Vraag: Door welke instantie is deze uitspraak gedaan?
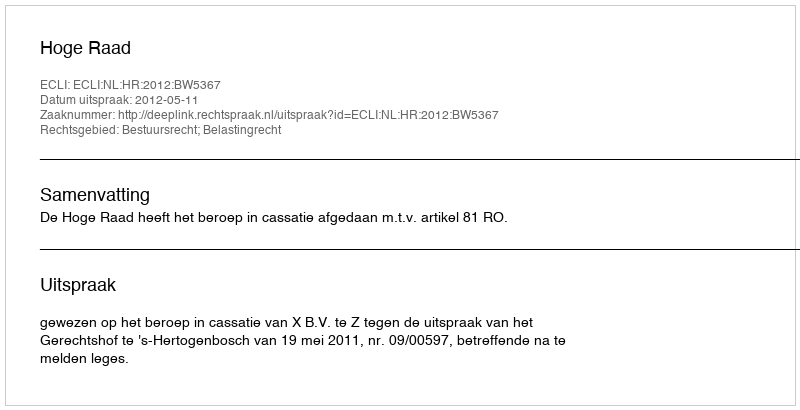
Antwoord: Hoge Raad